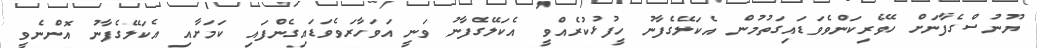
ޔޫނުސްގެފާނަށް ހޭވެރިކަންވެވަޑައިގަތުމުން އެކަލޭގެފާނު ހީފުޅުކުރެއްވީ އެކަލޭގެފާނު ވަނީ އަވަހާރަވެވަޑައިގެންފައި ކަމަށާއި އެކަލޭގެފާނު އޮންނެވީ